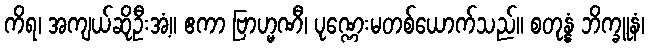
ကိရ၊ အကျယ်ဆိုဦးအံ့။ ဧကာ ဗြာဟ္မဏီ၊ ပုဏ္ဏေးမတစ်ယောက်သည်။ စတုန္နံ ဘိက္ခူနံ၊